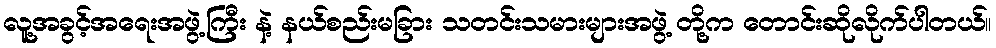
လူ့အခွင့်အရေးအဖွဲ့ကြီး နဲ့ နယ်စည်းမခြား သတင်းသမားများအဖွဲ့ တို့က တောင်းဆိုလိုက်ပါတယ်။